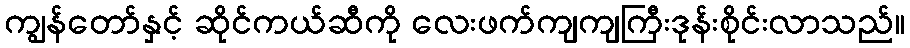
ကျွန်တော်နှင့် ဆိုင်ကယ်ဆီကို လေးဖက်ကျကျကြီးဒုန်းစိုင်းလာသည်။